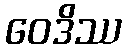
ဝေဒိဿ